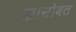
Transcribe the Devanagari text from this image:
ह्यासोबत